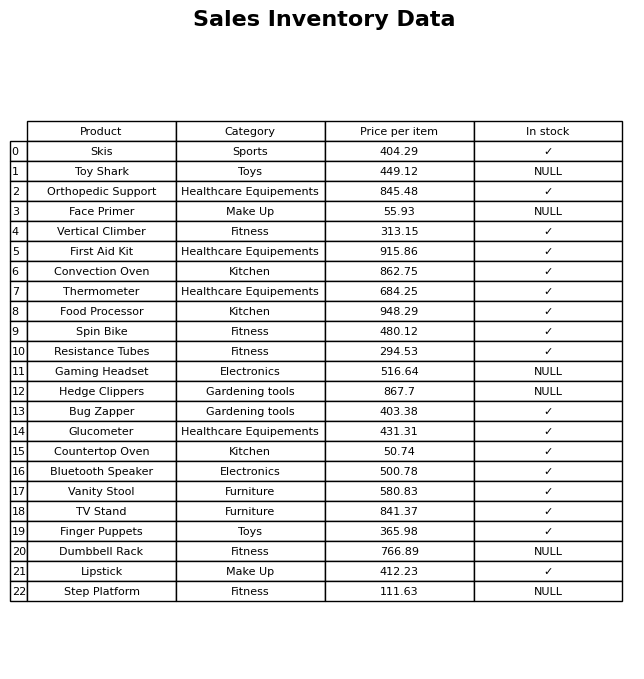
question: What is the price of the Vertical Climber?
answer: The price of Vertical Climber is 313.15.